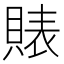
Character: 𧶫